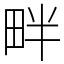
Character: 畔